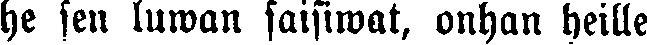
he sen luwan saisiwat, onhan heille